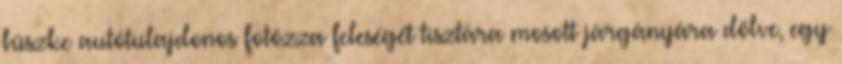
büszke autótulajdonos fotózza feleségét tisztára mosott járgányára dőlve, egy